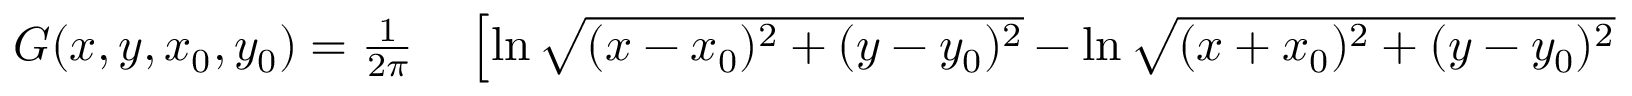
\begin{array} { r l } { G ( x , y , x _ { 0 } , y _ { 0 } ) = { \frac { 1 } { 2 \pi } } } & { { } \left[ \ln { \sqrt { ( x - x _ { 0 } ) ^ { 2 } + ( y - y _ { 0 } ) ^ { 2 } } } - \ln { \sqrt { ( x + x _ { 0 } ) ^ { 2 } + ( y - y _ { 0 } ) ^ { 2 } } } \right. } \end{array}